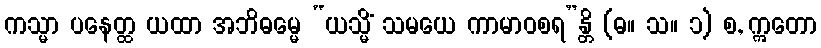
ကသ္မာ ပနေတ္ထ ယထာ အဘိဓမ္မေ “ယသ္မိံ သမယေ ကာမာဝစရ”န္တိ (ဓ။ သ။ ၁) စ, ဣတော